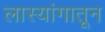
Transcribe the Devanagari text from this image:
लास्यांगातून